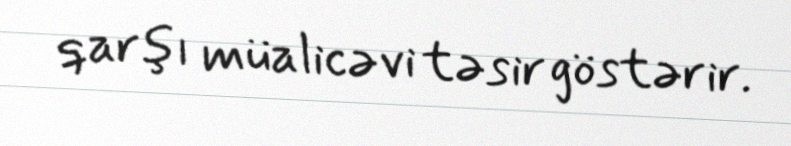
qarşı müalicəvi təsir göstərir.